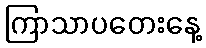
ကြာသာပတေးနေ့